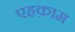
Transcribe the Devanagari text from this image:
एहक़ाम